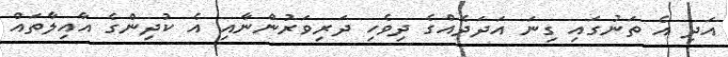
އަދި އެ ތަނުގައި ގިނަ އަދަދެއްގެ ދިވެހި ދަރިވަރުންނާއި އެ ކުދިންގެ އާއިލާތައް